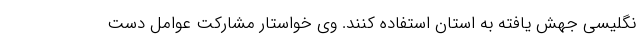
نگلیسی جهش یافته به استان استفاده کنند. وی خواستار مشارکت عوامل دست